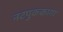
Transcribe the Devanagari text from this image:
नटपुककागा